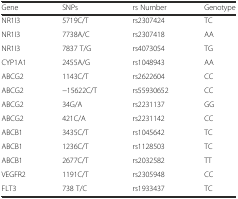
<table><thead><tr><td><b>Gene</b></td><td><b>SNPs</b></td><td><b>rs Number</b></td><td><b>Genotype</b></td></tr></thead><tbody><tr><td>NR1I3</td><td>5719C/T</td><td>rs2307424</td><td>TC</td></tr><tr><td>NR1I3</td><td>7738A/C</td><td>rs2307418</td><td>AA</td></tr><tr><td>NR1I3</td><td>7837 T/G</td><td>rs4073054</td><td>TG</td></tr><tr><td>CYP1A1</td><td>2455A/G</td><td>rs1048943</td><td>AA</td></tr><tr><td>ABCG2</td><td>1143C/T</td><td>rs2622604</td><td>CC</td></tr><tr><td>ABCG2</td><td>−15622C/T</td><td>rs55930652</td><td>CC</td></tr><tr><td>ABCG2</td><td>34G/A</td><td>rs2231137</td><td>GG</td></tr><tr><td>ABCG2</td><td>421C/A</td><td>rs2231142</td><td>CC</td></tr><tr><td>ABCB1</td><td>3435C/T</td><td>rs1045642</td><td>TC</td></tr><tr><td>ABCB1</td><td>1236C/T</td><td>rs1128503</td><td>TC</td></tr><tr><td>ABCB1</td><td>2677C/T</td><td>rs2032582</td><td>TT</td></tr><tr><td>VEGFR2</td><td>1191C/T</td><td>rs2305948</td><td>CC</td></tr><tr><td>FLT3</td><td>738 T/C</td><td>rs1933437</td><td>TC</td></tr></tbody></table>